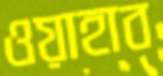
ওয়াহাব